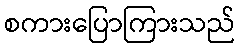
စကားပြောကြားသည်